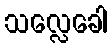
သလ္လေခေါ